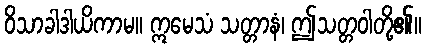
ဝိသာခါဒါယိကာမ။ ဣမေသံ သတ္တာနံ၊ ဤသတ္တဝါတို့၏။